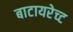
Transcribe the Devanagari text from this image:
बाटायरेच्ट